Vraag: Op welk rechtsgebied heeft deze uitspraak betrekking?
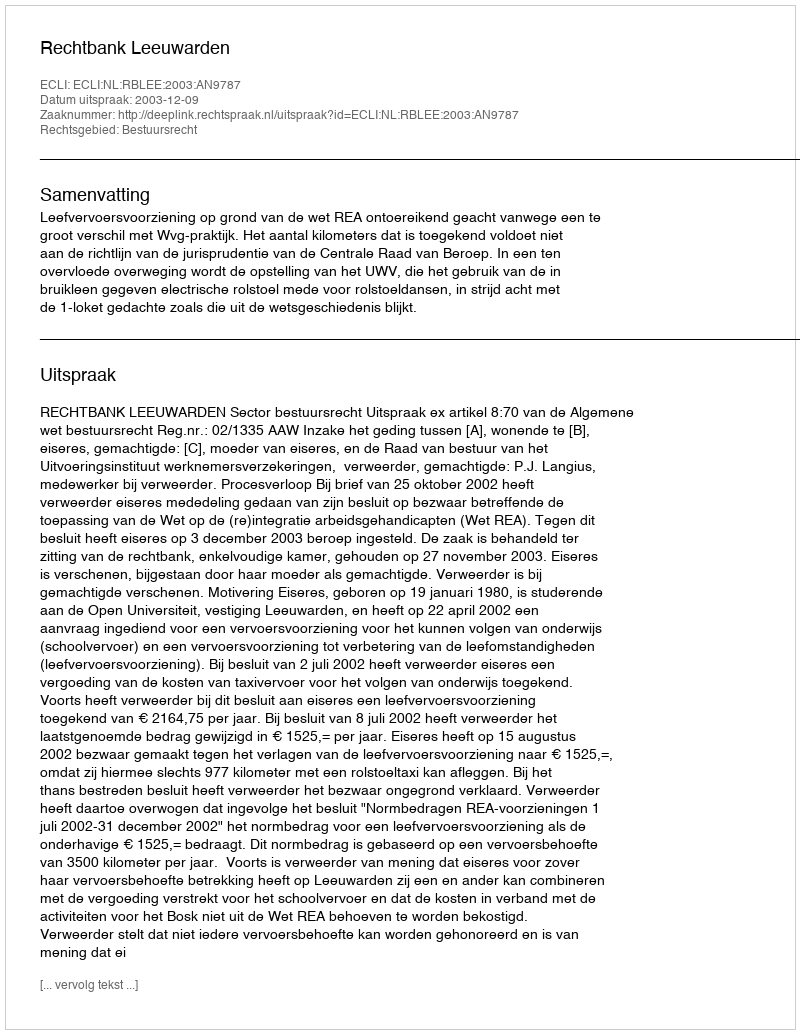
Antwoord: Bestuursrecht